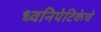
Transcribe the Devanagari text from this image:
ध्वनिपेटिकेचे